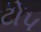
ટોપ